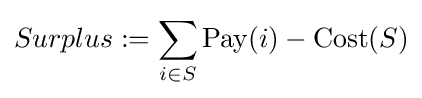
Surplus:=\sum _{i\in S}{\text{Pay}}(i)-{\text{Cost}}(S)